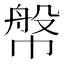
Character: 幋